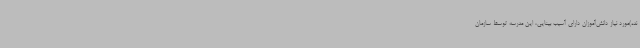
نده)مورد نیاز دانش‌آموزان دارای آسیب بینایی، این مدرسه توسط سازمان